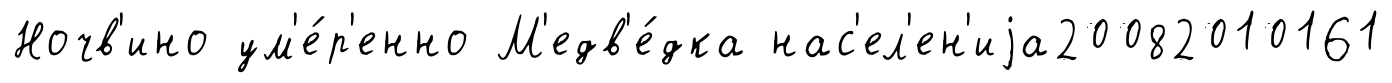
Ночв'ино ум'е́р'енно М'едв'е́дка нас'ел'ен'иjа20082010161